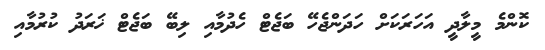
ކޮންމެ މީލާދީ އަހަރަކަށް ހަދަންޖެހޭ ބަޖެޓް ހެދުމާއި ލިބޭ ބަޖެޓް ޚަރަދު ކުރުމާއި